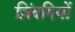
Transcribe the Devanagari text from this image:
ज़िंदगियों